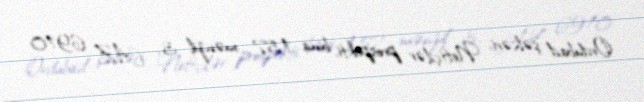
Ordubad şəhəri, Neftçilər prospekti, bina 157, mənzil 3, AZ 6910